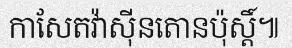
កាសែតវ៉ាស៊ីនតោនប៉ុស្តិ៍៕